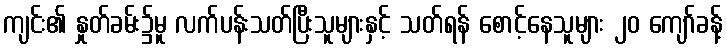
ကျင်း၏ နှုတ်ခမ်း၌မူ လက်ပန်းသတ်ပြီးသူများနှင့် သတ်ရန် စောင့်နေသူများ ၂၀ ကျော်ခန့်